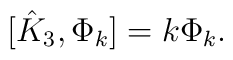
[\hat K_3, \Phi_k]=k \Phi_k.